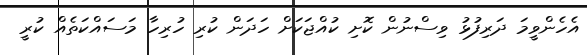
އެހެންވީމަ ދަރިފުޅު ވިސްނުން ކޮށި ކުއްޖަކަށް ހަދަން ކުރި ހުރިހާ މަސައްކަތެއް ކުރީ